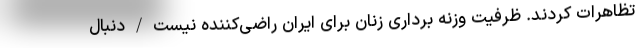
تظاهرات کردند. ظرفیت وزنه برداری زنان برای ایران راضی‌کننده نیست/دنبال